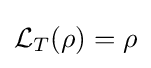
{\mathcal {L}}_{T}(\rho )=\rho